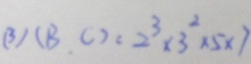
( 3 ) ( B , C ) = 2 ^ { 3 } \times 3 ^ { 2 } \times 5 \times 7